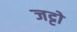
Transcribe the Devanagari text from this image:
जट्टो